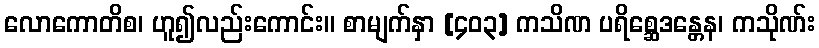
လောကောတိစ၊ ဟူ၍လည်းကောင်း။ စာမျက်နှာ [၄၀၃] ကသိဏ ပရိစ္ဆေဒန္တေန၊ ကသိုဏ်း